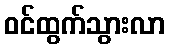
ဝင်ထွက်သွားလာ